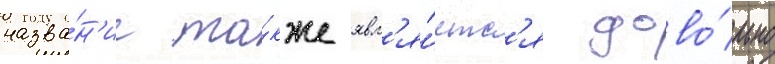
назва́н'ие та́кже явл'я́етс'я дово́льно